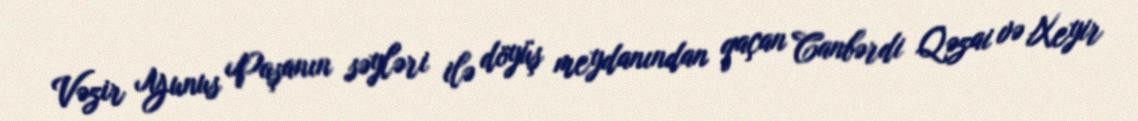
Vəzir Yunus Paşanın səyləri ilə döyüş meydanından qaçan Canbərdi Qəzai və Xeyir